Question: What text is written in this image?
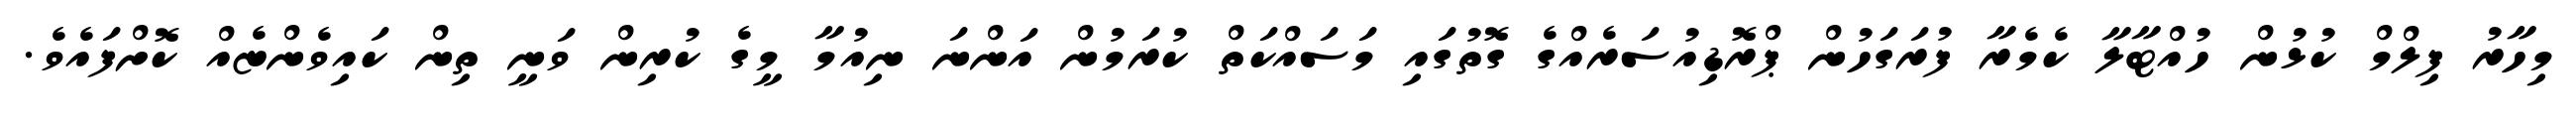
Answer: މިހާރު ފިލްމް ކުޅުން ހުއްޓާލާ ކެމެރާ ފުރަގަހުން ޕްރޮޑިއުސަރެއްގެ ގޮތުގައި މަސައްކަތް ކުރަމުން އަންނަ ނިއުމާ މީގެ ކުރިން ވަނީ ތިން ކައިވެންޏެއް ކޮށްފައެވެ.